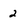
Character: 2